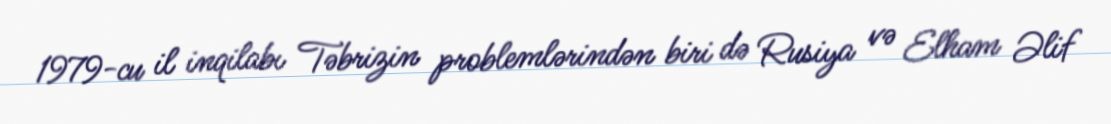
1979-cu il inqilabı Təbrizin problemlərindən biri də Rusiya və Elham Əlif